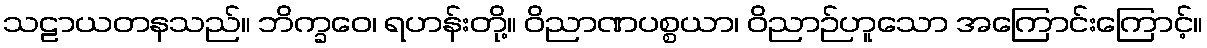
သဠာယတနသည်။ ဘိက္ခဝေ၊ ရဟန်းတို့။ ဝိညာဏပစ္စယာ၊ ဝိညာဉ်ဟူသော အကြောင်းကြောင့်။